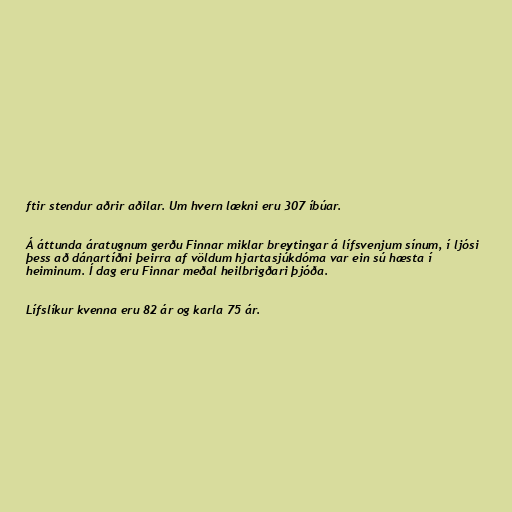
ftir stendur aðrir aðilar. Um hvern lækni eru 307 íbúar.

Á áttunda áratugnum gerðu Finnar miklar breytingar á lífsvenjum sínum, í ljósi
þess að dánartíðni þeirra af völdum hjartasjúkdóma var ein sú hæsta í
heiminum. Í dag eru Finnar meðal heilbrigðari þjóða.

Lífslíkur kvenna eru 82 ár og karla 75 ár.